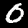
Label: 0